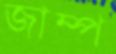
জাম্প